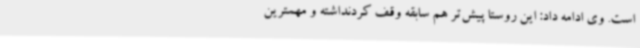
است. وی ادامه داد: این روستا پیش‌تر هم سابقه وقف کردنداشته و مهمترین